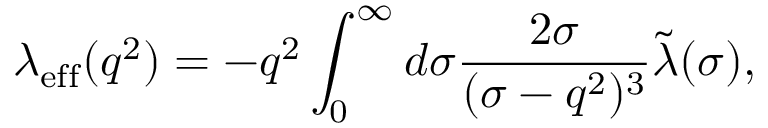
\lambda _ { \mathrm { e f f } } ( q ^ { 2 } ) = - q ^ { 2 } \int _ { 0 } ^ { \infty } d \sigma \frac { 2 \sigma } { ( \sigma - q ^ { 2 } ) ^ { 3 } } \tilde { \lambda } ( \sigma ) ,